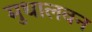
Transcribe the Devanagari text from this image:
मुधालवन